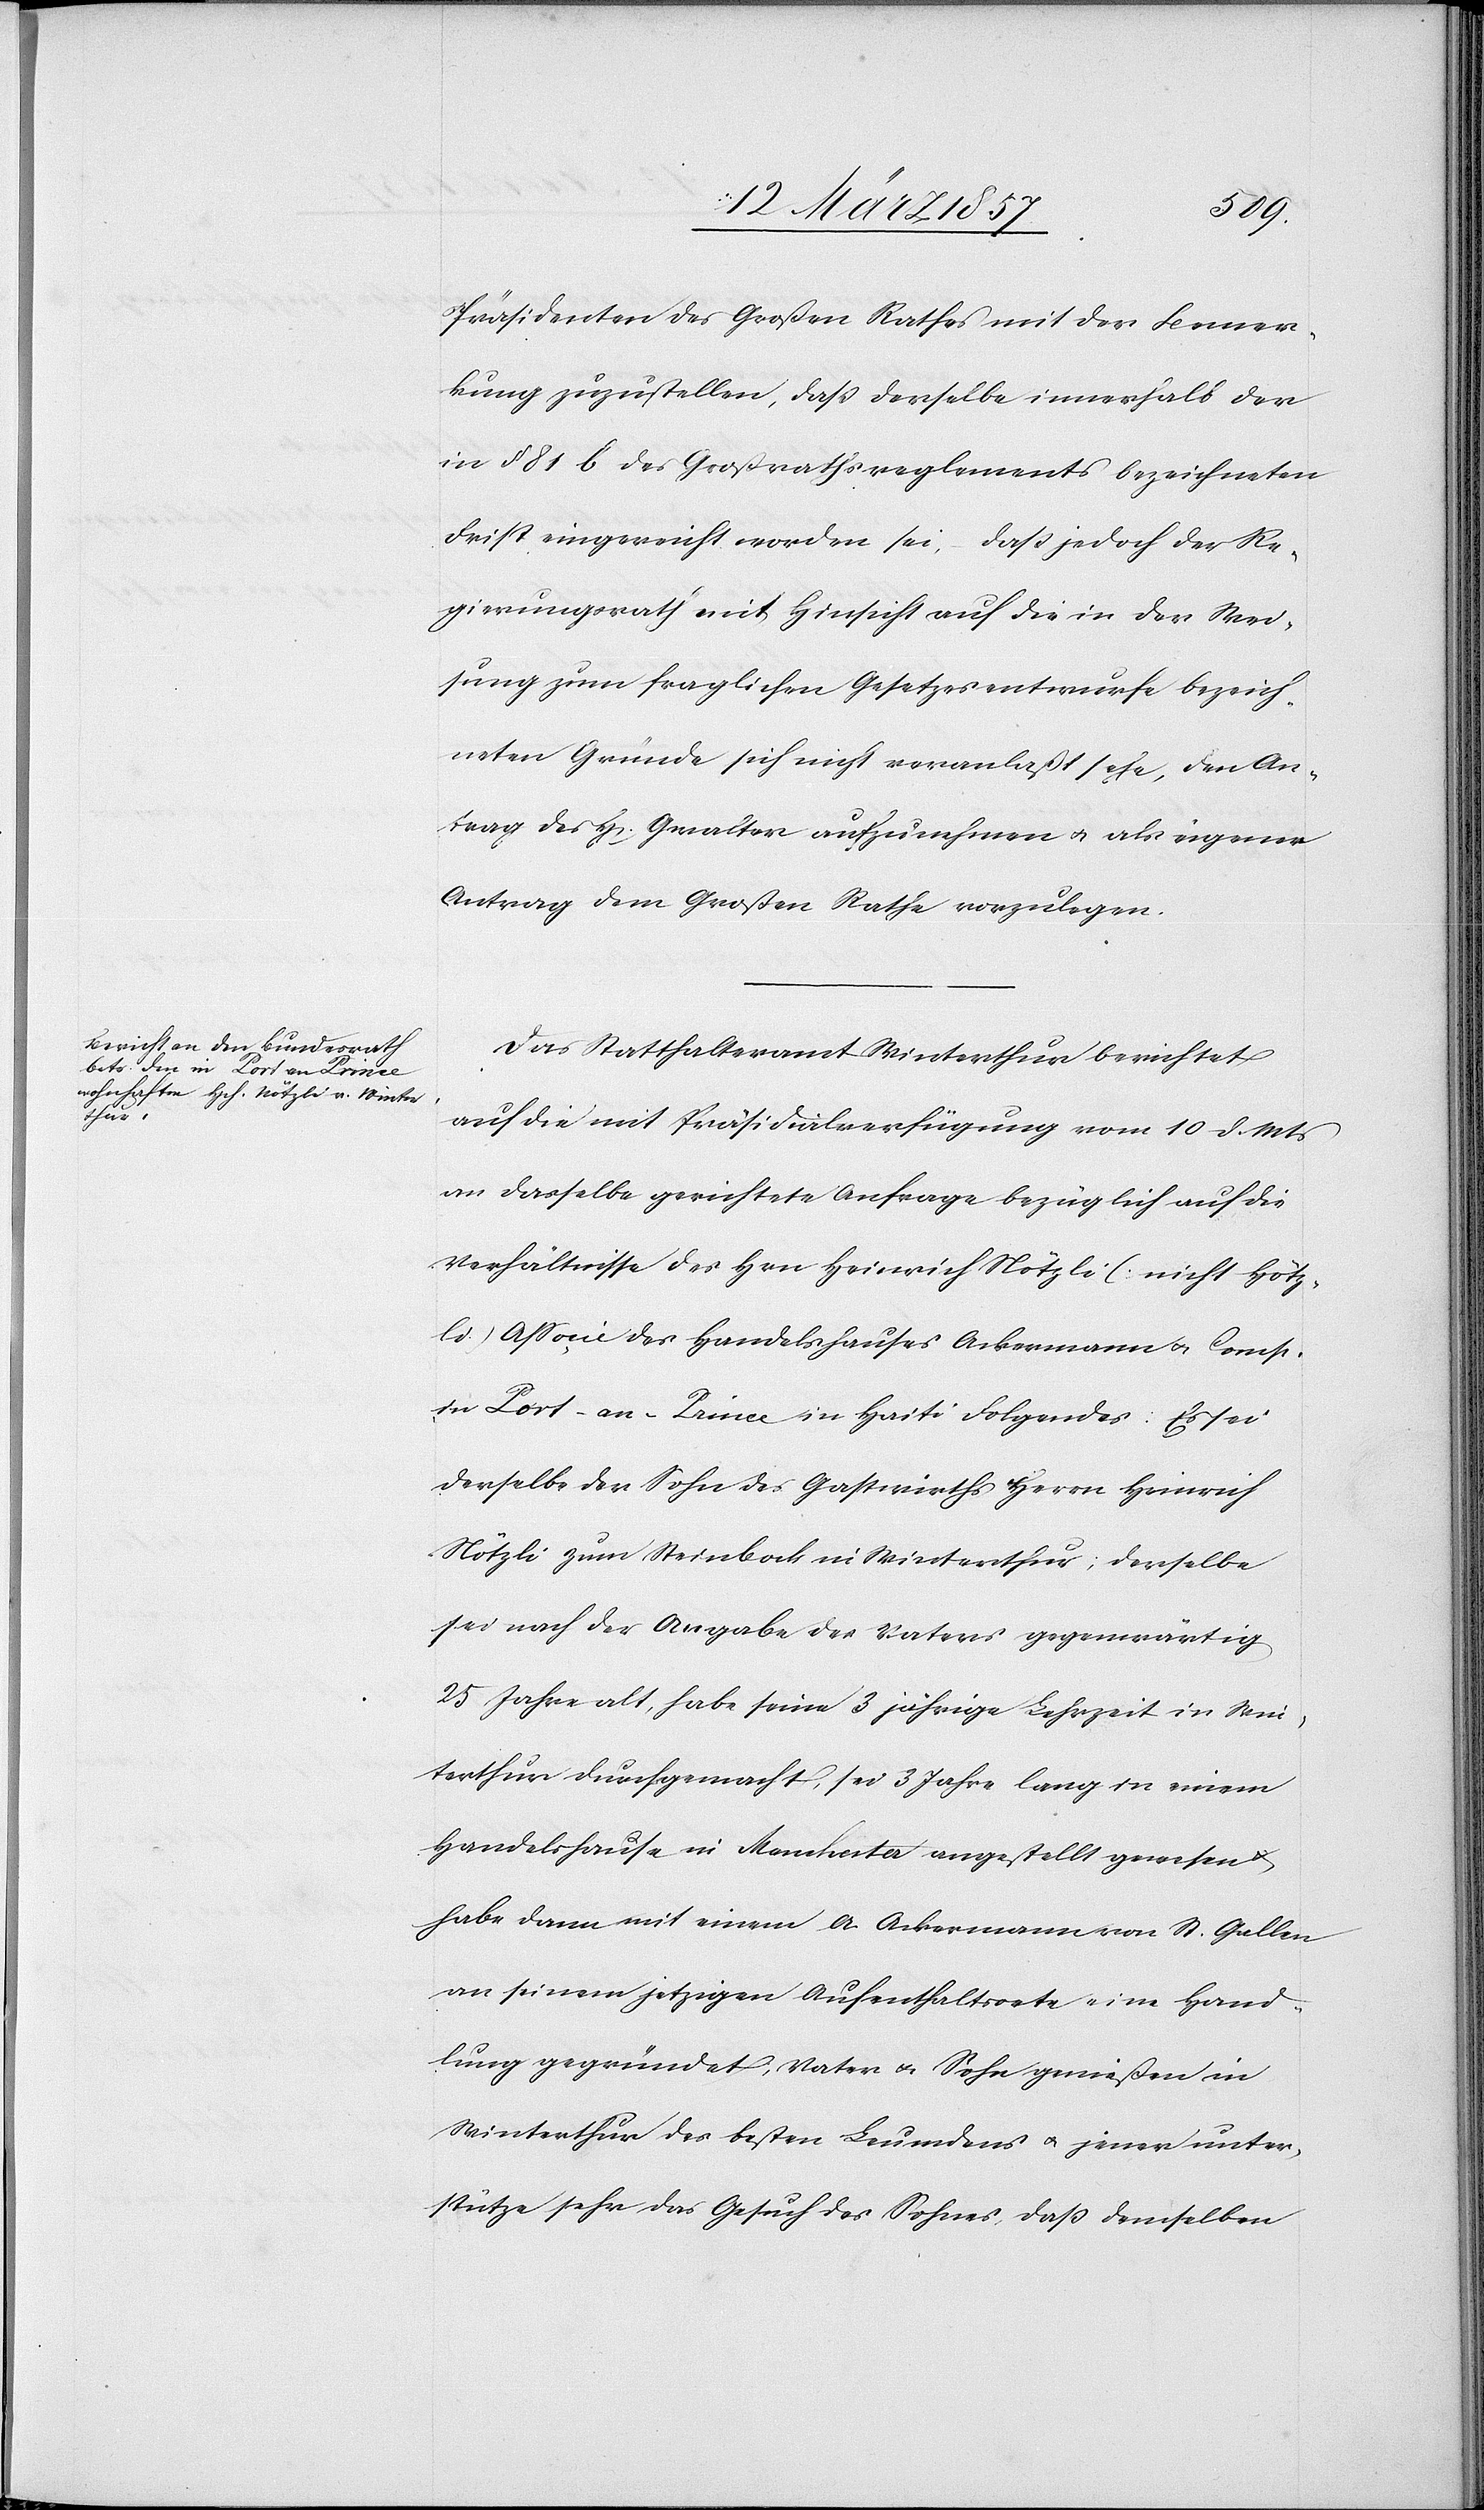
Präsidenten des Großen Rathes mit der Bemer¬
kung zuzustellen, daß derselbe innerhalb der
in § 81 b des Großrathsreglements bezeichneten
Frist eingereicht worden sei, daß jedoch der Re¬
gierungsrath mit Hinsicht auf die in der Wei¬
sung zum fraglichen Gesetzesentwurfe bezeich¬
neten Gründe sich nicht veranlaßt sehe, den An¬
trag des H[errn] Gwalter aufzunehmen u. als eigenen
Antrag dem Großen Rathe vorzulegen.
Das Statthalteramt Winterthur berichtet
auf die mit Präsidialverfügung vom 10 d. Mts
an dasselbe gerichtete Anfrage bezüglich auf die
Verhältnisse des Hrn Heinrich Nötzli (nicht Hötz¬
li) Aßocie des Handelshauses Ackermann u. Comp.
in Port-au-Prince in Haiti Folgendes: Es sei
derselbe der Sohn des Gastwirths Herrn Heinrich
Nötzli zum Steinbock in Winterthur; derselbe
sei nach der Angabe des Vaters gegenwärtig
25 Jahre alt, habe sine 3 jährige Lehrzeit in Win¬
terthur durchgemacht, sei 3 Jahre lang in einem
Handelshause in Manchester angestellt gewesen u.
habe dann mit einem A. Ackermann von St. Gallen
an seinem jetzigen Aufenthaltsorte eine Hand¬
lung gegründet; Vater u. Sohn genießen in
Winterthur des besten Leumdens u. jener unter¬
stütze sehr das Gesuch des Sohnes, daß demselben